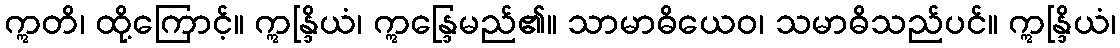
ဣတိ၊ ထို့ကြောင့်။ ဣန္ဒြိယံ၊ ဣန္ဒြေမည်၏။ သာမာဓိယေဝ၊ သမာဓိသည်ပင်။ ဣန္ဒြိယံ၊